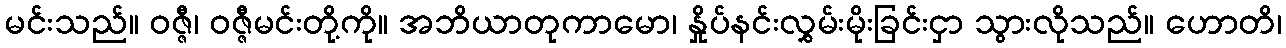
မင်းသည်။ ဝဇ္ဇီ၊ ဝဇ္ဇီမင်းတို့ကို။ အဘိယာတုကာမော၊ နှိုပ်နင်းလွှမ်းမိုးခြင်းငှာ သွားလိုသည်။ ဟောတိ၊